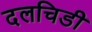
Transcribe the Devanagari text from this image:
दलचिडी